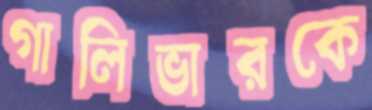
গালিভারকে